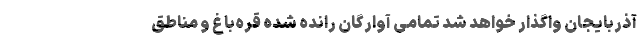
آذربایجان واگذار خواهد شد تمامی آوارگان رانده شده قره‌باغ و مناطق